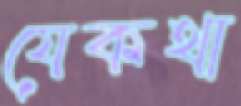
যেকথা